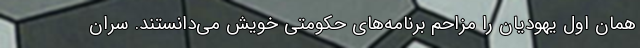
همان اول یهودیان را مزاحم برنامه‌های حکومتی خویش می‌دانستند. سران